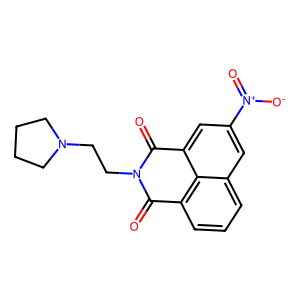
SMILES: O=C1c2cccc3cc([N+](=O)[O-])cc(c23)C(=O)N1CCN1CCCC1
Inhibits HIV replication: No